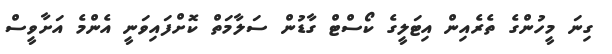
ގިނަ މީހުންގެ ތެރެއިން އިޓަލީގެ ކޯސްޓް ގާޑުން ސަލާމަތް ކޮށްފައިވަނީ އެންމެ އަށާވީސް